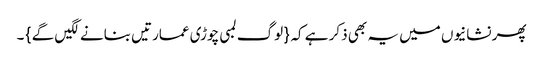
پھر نشانیوں میں یہ بھی ذکر ہے کہ { لوگ لمبی چوڑی عمارتیں بنانے لگیں گے } ۔